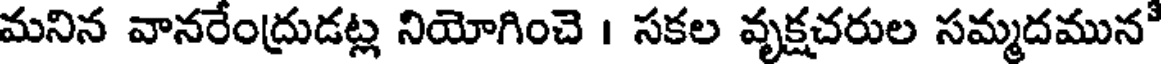
మనిన వానరేంద్రుడట్ల నియోగించె । సకల వృక్షచరుల సమ్మదమున